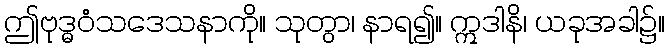
ဤဗုဒ္ဓဝံသဒေသနာကို။ သုတွာ၊ နာရ၍။ ဣဒါနိ၊ ယခုအခါ၌။